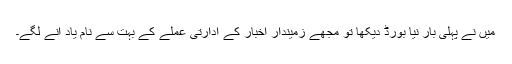
میں نے پہلی بار نیا بورڈ دیکھا تو مجھے زمیندار اخبار کے ادارتی عملے کے بہت سے نام یاد آنے لگے۔